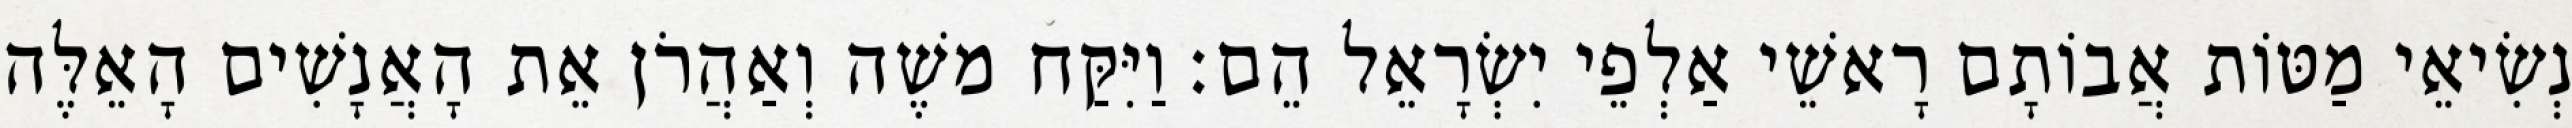
נְשִׂיאֵי מַטּוֹת אֲבוֹתָם רָאשֵׁי אַלְפֵי יִשְׂרָאֵל הֵם׃ וַיִּקַּח משֶׁה וְאַהֲרֹן אֵת הָאֲנָשִׁים הָאֵלֶּה